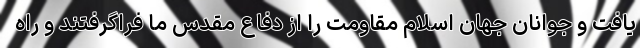
یافت و جوانان جهان اسلام مقاومت را از دفاع مقدس ما فراگرفتند و راه